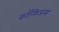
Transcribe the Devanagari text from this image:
कॉन्फिडन्स